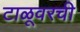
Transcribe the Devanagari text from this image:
टाळूवरची